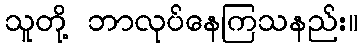
သူတို့ ဘာလုပ်နေကြသနည်း။